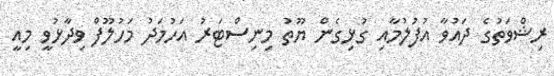
ރިޝްވަތުގެ ދައުވާ އުފުލުމާއި ގުޅިގެން ޔޫތު މިނިސްޓަރު އަހުމަދު މަހުލޫފް ވިދާޅުވީ މިއީ